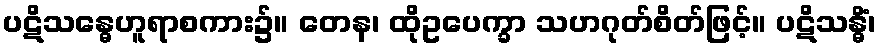
ပဋိသန္ဓေဟူရာစကား၌။ တေန၊ ထိုဥပေက္ခာ သဟဂုတ်စိတ်ဖြင့်။ ပဋိသန္ဓိံ၊